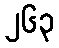
၂၆၃